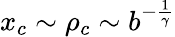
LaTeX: x_{c}\sim\rho_{c}\sim b^{-\frac{1}{\gamma}}